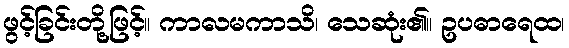
ဖွင့်ခြင်းတို့ဖြင့်။ ကာလမကာသိ၊ သေဆုံး၏။ ဥပဓာရေထ၊